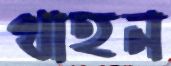
থাহন